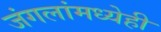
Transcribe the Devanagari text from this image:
जंगलांमध्येही